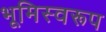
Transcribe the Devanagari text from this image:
भूमिस्वरूप